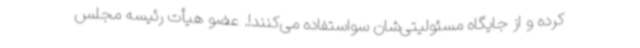
کرده و از جایگاه مسئولیتی‌شان سواستفاده می‌کنند!. عضو هیأت رئیسه مجلس